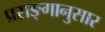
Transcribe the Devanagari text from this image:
प्रसङ्गानुसार